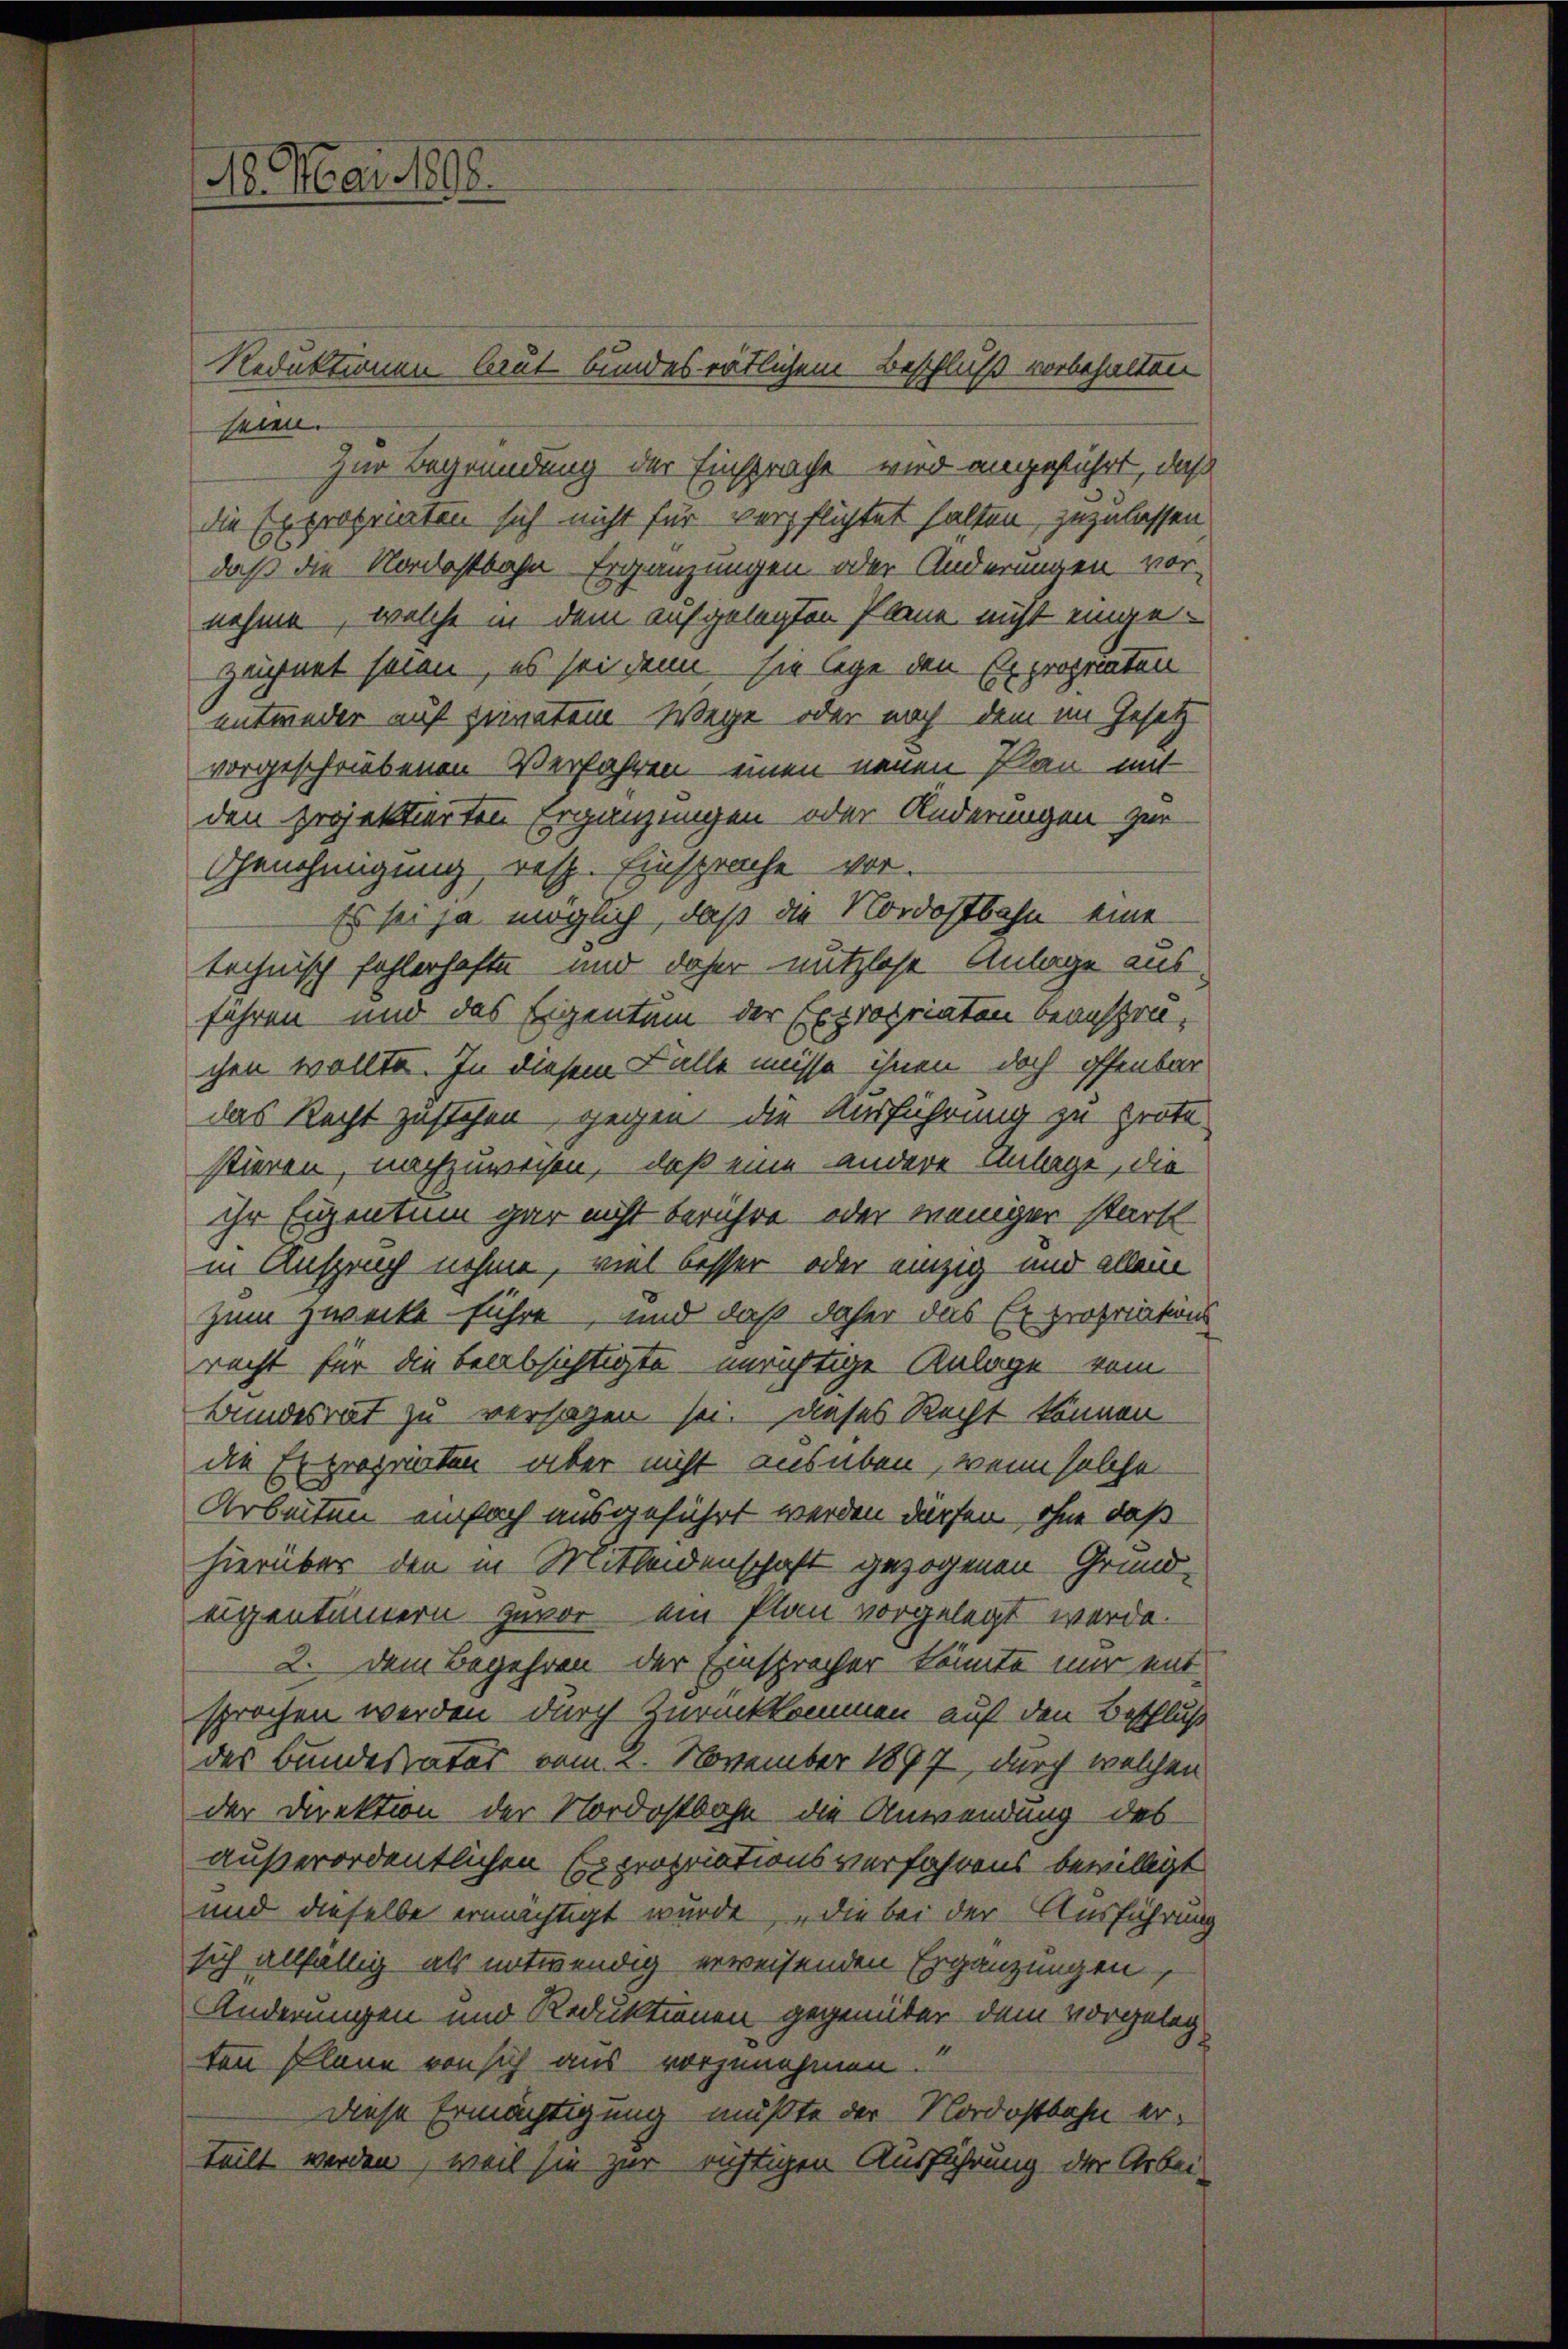
1. Mai 1898.

seien.
Zur Begründung der Einspracht wird angeführt, daß
die Expropriaten sich nicht für verpflichtet halten, zuzulassen
daß die Nordostbahn Ergänzungen oder Änderungen vor-
nehme, welche in dem aufgelegten Plane nicht einge¬
Zeignet seien, es sei denn sie lege den Expropriaten
entweder auf privatem Wege oder noch dem im Gesetz
vorgeschriebenen Verfahren einen neuen Plan mit
den projektierten Ergänzungen oder Änderungen zur
Genehmigung, resp. Einsprache vor.
Es sei ja möglich, daß die Nordostbahn eine
technisch fohlerhafte und daher nutzlose Anlage ausfahren und das Eigentum der Expropriaten beansprachen wollte. In diesem Falle müsse ihnen doch offenbar
das Recht zustehen, gegen die Ausführung zu prote
stieren, nachzuweisen, daß eine andere Anlage, die
ihr Eigentum gar nicht berühre oder weniger starkt
in Anspruch nehme, viel besser oder einzig und allein
zum Zwecke führe, und daß daher das Expropriations
recht für die beabsichtigte unrichtige Anlage vom
Bundesrat zu versagen sei. Dieses Recht können
die Expropriaten aber nicht ausüben, wenn solche
Arbeiten einfach ausgeführt werden dürfen, ohne daß
hierüber den in Mitleidenschaft gezogenen Grund-
eigentümern zuvor ein Plan vorgelegt werde.
2. Dem Begehren der Einspracher könnte mir entsprochen werden durch Zurückkommen auf den Beschluß
des Bundesrates vom 2. November 1897, durch welchen
der Direktion der Nordostbahn die Anwendung des
außerordentlichen Expropriationsverfahrens bewilligt
und dieselbe ermächtigt wurde, die bei der Ausführung
sich allfällig als entwendig erweisenden Ergänzungen,
Änderungen und Reduktionen gegenüber dem vorgelegten Plane von sich aus vorzunehmen.
Diese Ermächtigung mußte der Nordostbahn erteilt werden, weil sie zur richtigen Ausführung der Arbei-

Reduktionen laut bundesrätlichem Beschluß vorbehalten